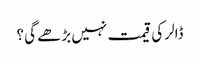
ڈالر کی قیمت نہیں بڑھے گی ؟